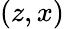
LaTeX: (z,x)